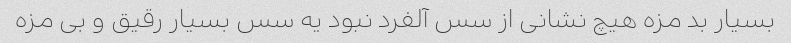
بسیار بد مزه هیچ نشانی از سس آلفرد نبود یه سس بسیار رقیق و بی مزه